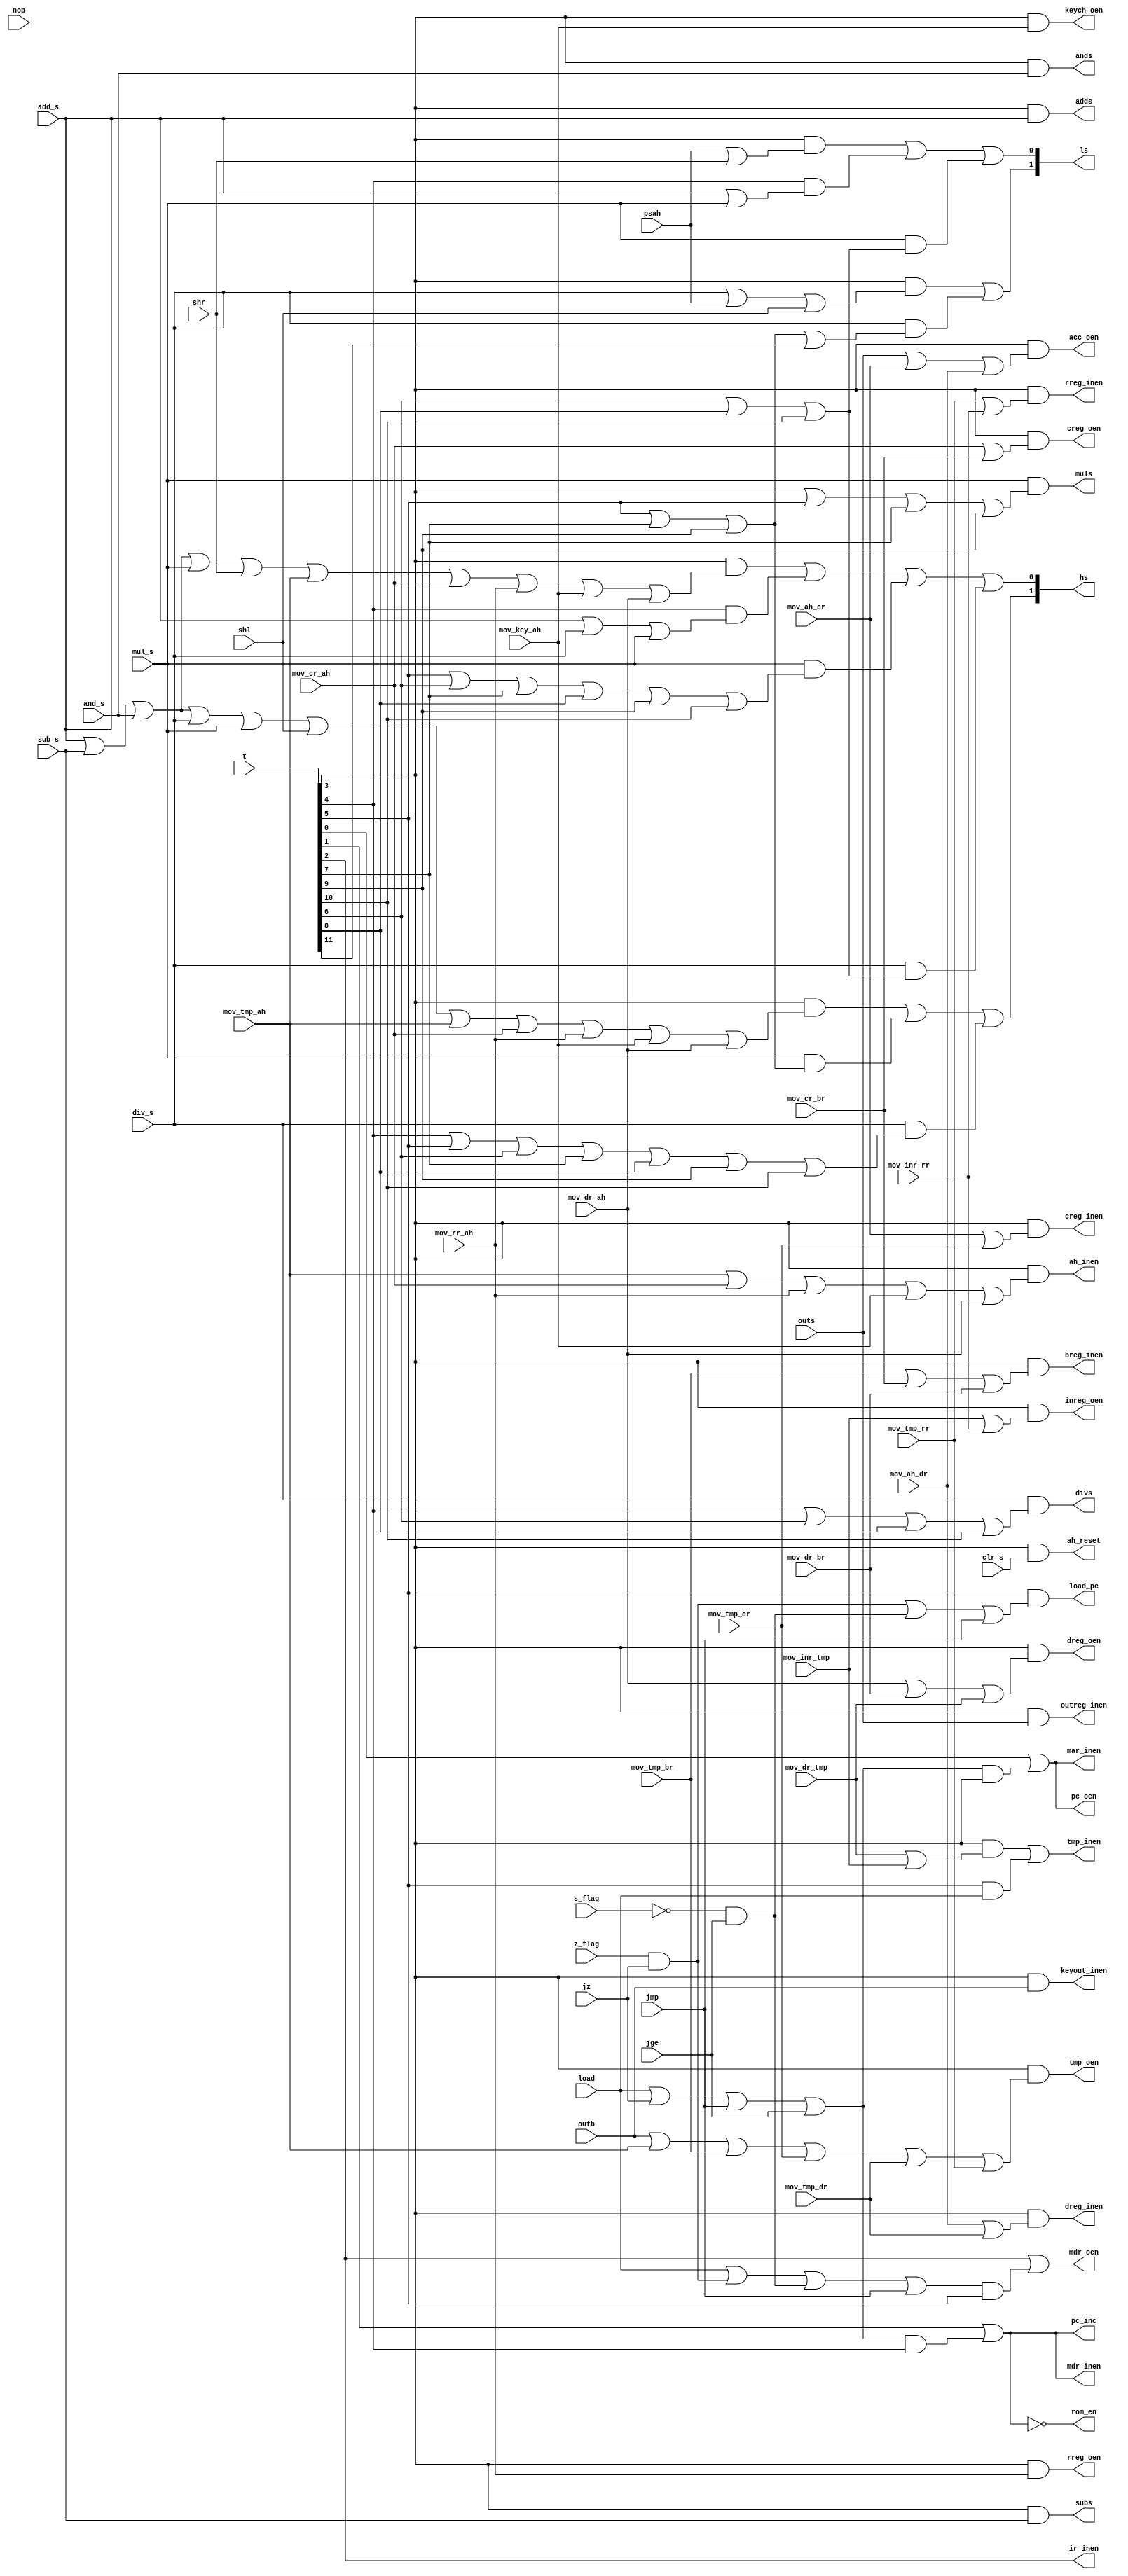
`timescale 1ns / 1ps
module control_signal (t,s_flag,z_flag,
	nop,outb,outs,add_s,sub_s,and_s,div_s,
	mul_s,shl,clr_s,psah,shr,load,jz,jmp,jge,
	mov_ah_cr,mov_ah_dr,mov_tmp_ah,
	mov_tmp_br,mov_tmp_cr,mov_tmp_dr,
	mov_tmp_rr,mov_cr_ah, mov_cr_br,
	mov_dr_ah,mov_dr_tmp,mov_dr_br,
	mov_rr_ah,mov_key_ah,mov_inr_tmp,
	mov_inr_rr,pc_oen,mar_inen,rom_en,
	mdr_inen,pc_inc,mdr_oen,ir_inen,
	tmp_inen,tmp_oen,creg_inen,creg_oen,
	dreg_inen,dreg_oen,rreg_inen,rreg_oen,
	breg_inen,inreg_oen,keych_oen,
	outreg_inen,keyout_inen,load_pc,
	acc_oen,ah_inen,ah_reset,adds,subs,
	ands,divs,muls,hs,ls );

	input [11:0] t;
	input s_flag,z_flag, nop, outb, outs,
	add_s, sub_s, and_s, div_s, mul_s,
	shl, clr_s, psah, shr,load,
	jz, jmp, jge, mov_ah_cr, mov_ah_dr,
	mov_tmp_ah, mov_tmp_br, mov_tmp_cr,
	mov_tmp_dr, mov_tmp_rr,
	mov_cr_ah, mov_cr_br,
	mov_dr_ah, mov_dr_br, mov_dr_tmp,
	mov_rr_ah, mov_key_ah,
	mov_inr_tmp, mov_inr_rr;
	
	output pc_oen,mar_inen,rom_en,mdr_inen,
	pc_inc,mdr_oen,ir_inen,tmp_inen,tmp_oen,
	creg_inen,creg_oen,dreg_inen,dreg_oen,
	rreg_inen,rreg_oen,breg_inen,inreg_oen,
	keych_oen,outreg_inen,keyout_inen,
	load_pc,acc_oen,ah_inen,ah_reset,adds,
	subs,ands,divs,muls;
	
	output [1:0] hs;
	output [1:0] ls;
	
	assign pc_oen = t[0]|((load|jz|jmp|jge)&t[3]);
	assign mar_inen = t[0]|((load|jz|jmp|jge)&t[3]);
	assign rom_en = ~(t[1]|((load|jz|jmp|jge)&t[4]));
	assign mdr_inen = t[1]|((load|jz|jmp|jge)&t[4]);
	assign pc_inc = t[1]|((load|jz|jmp|jge)&t[4]);
	assign mdr_oen = t[2]|((load|(z_flag&jz)|(~s_flag&jge)|jmp)&t[5]);
	assign ir_inen = t[2];
	assign tmp_inen = (t[3]&(mov_dr_tmp|mov_inr_tmp))|(t[5]&load);
	assign tmp_oen = t[3]&(outb|mov_tmp_ah|mov_tmp_br|mov_tmp_cr |
						mov_tmp_dr|mov_tmp_rr);
	assign creg_inen = t[3]&(mov_ah_cr|mov_tmp_cr);
	assign creg_oen = t[3]&(mov_cr_ah|mov_cr_br);
	assign dreg_inen = t[3]&(mov_ah_dr|mov_tmp_dr);
	assign dreg_oen = t[3]&(mov_dr_ah|mov_dr_br|mov_dr_tmp);
	assign rreg_inen = t[3]&(mov_tmp_rr|mov_inr_rr);
	assign rreg_oen = t[3]&mov_rr_ah;
	assign breg_inen = t[3]&(mov_tmp_br|mov_cr_br|mov_dr_br);
	assign inreg_oen = t[3]&(mov_inr_tmp|mov_inr_rr);
	assign keych_oen = t[3]&mov_key_ah;
	assign outreg_inen = t[3]&outs;
	assign keyout_inen = t[3]&outb;
	assign load_pc = t[5]&((z_flag&jz)|(~s_flag&jge)|jmp);
	assign acc_oen = t[3]&(outs|mov_ah_cr|mov_ah_dr);
	assign ah_inen = t[3]&(mov_tmp_ah|mov_cr_ah|mov_rr_ah|mov_key_ah|mov_dr_ah);
	assign ah_reset = t[3]&clr_s;
	assign hs[1] = (t[3]&(add_s|sub_s|and_s|div_s|mul_s|shl|mov_tmp_ah|mov_cr_ah|
						mov_rr_ah|mov_key_ah|mov_dr_ah))|(mul_s&(t[5]|t[7]|t[9]))|
						(div_s&(t[4]|t[5]|t[6]|t[7]|t[8]|t[9]|t[10]));
	assign hs[0] = (t[3]&(add_s|sub_s|and_s|mul_s|shr|mov_tmp_ah|mov_cr_ah|mov_rr_ah|
						mov_key_ah|mov_dr_ah))|(t[4]&(add_s|div_s|mul_s))|
						(mul_s&(t[5]|t[6]|t[7]|t[8]|t[9]|t[10]))| (div_s&(t[6]|t[8]|t[10]));
	assign ls[1] = (t[3]&(div_s|psah|shl))|(div_s&(t[5]|t[7]|t[9]|t[11]));
	assign ls[0] = (t[3]&(psah|shr))|(t[4]&(add_s|mul_s))|(mul_s&(t[6]|t[8]|t[10]));
	assign adds = t[3]&add_s;
	assign subs = t[3]&sub_s;
	assign ands = t[3]&and_s;
	assign divs = div_s&(t[4]|t[6]|t[8]|t[10]);
	assign muls = mul_s&(t[3]|t[5]|t[7]|t[9]);
endmodule